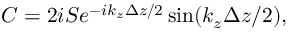
C = 2 i S e ^ { - i k _ { z } \Delta z / 2 } \sin ( k _ { z } \Delta z / 2 ) ,